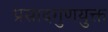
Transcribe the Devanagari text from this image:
प्रसादगुणयुक्त